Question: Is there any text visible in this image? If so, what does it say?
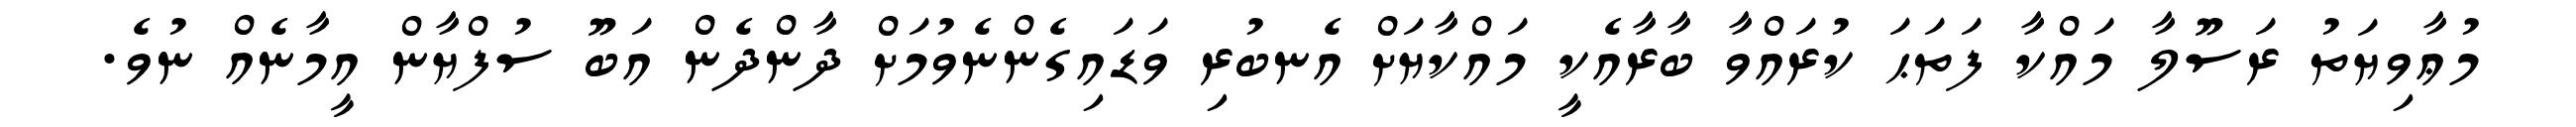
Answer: މުޢާވިޔަތު ރަސޫލާ މައްކާ ފަތަޙަ ކުރައްވާ ބާރާއެކީ މައްކާޔަށް އެނބުރި ވަޑައިގެންނެވުމަށް ދާންދެން އަބޫ ސުފްޔާން އީމާނެއް ނުވެ.